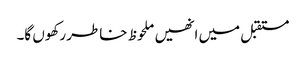
مستقبل میں انھیں ملحوظ خاطر رکھوں گا۔